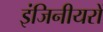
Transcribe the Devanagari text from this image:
इंजिनीयरों